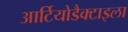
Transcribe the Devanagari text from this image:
आर्टियोडैक्टाइला